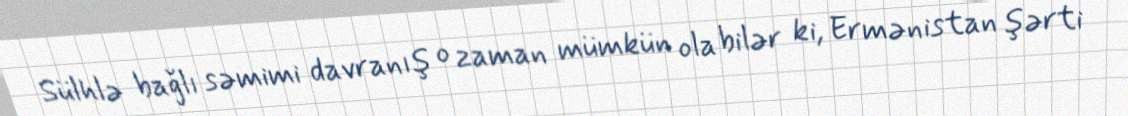
Sülhlə bağlı səmimi davranış o zaman mümkün ola bilər ki, Ermənistan şərti